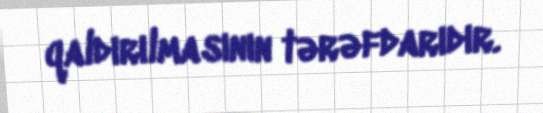
qaldırılmasının tərəfdarıdır.